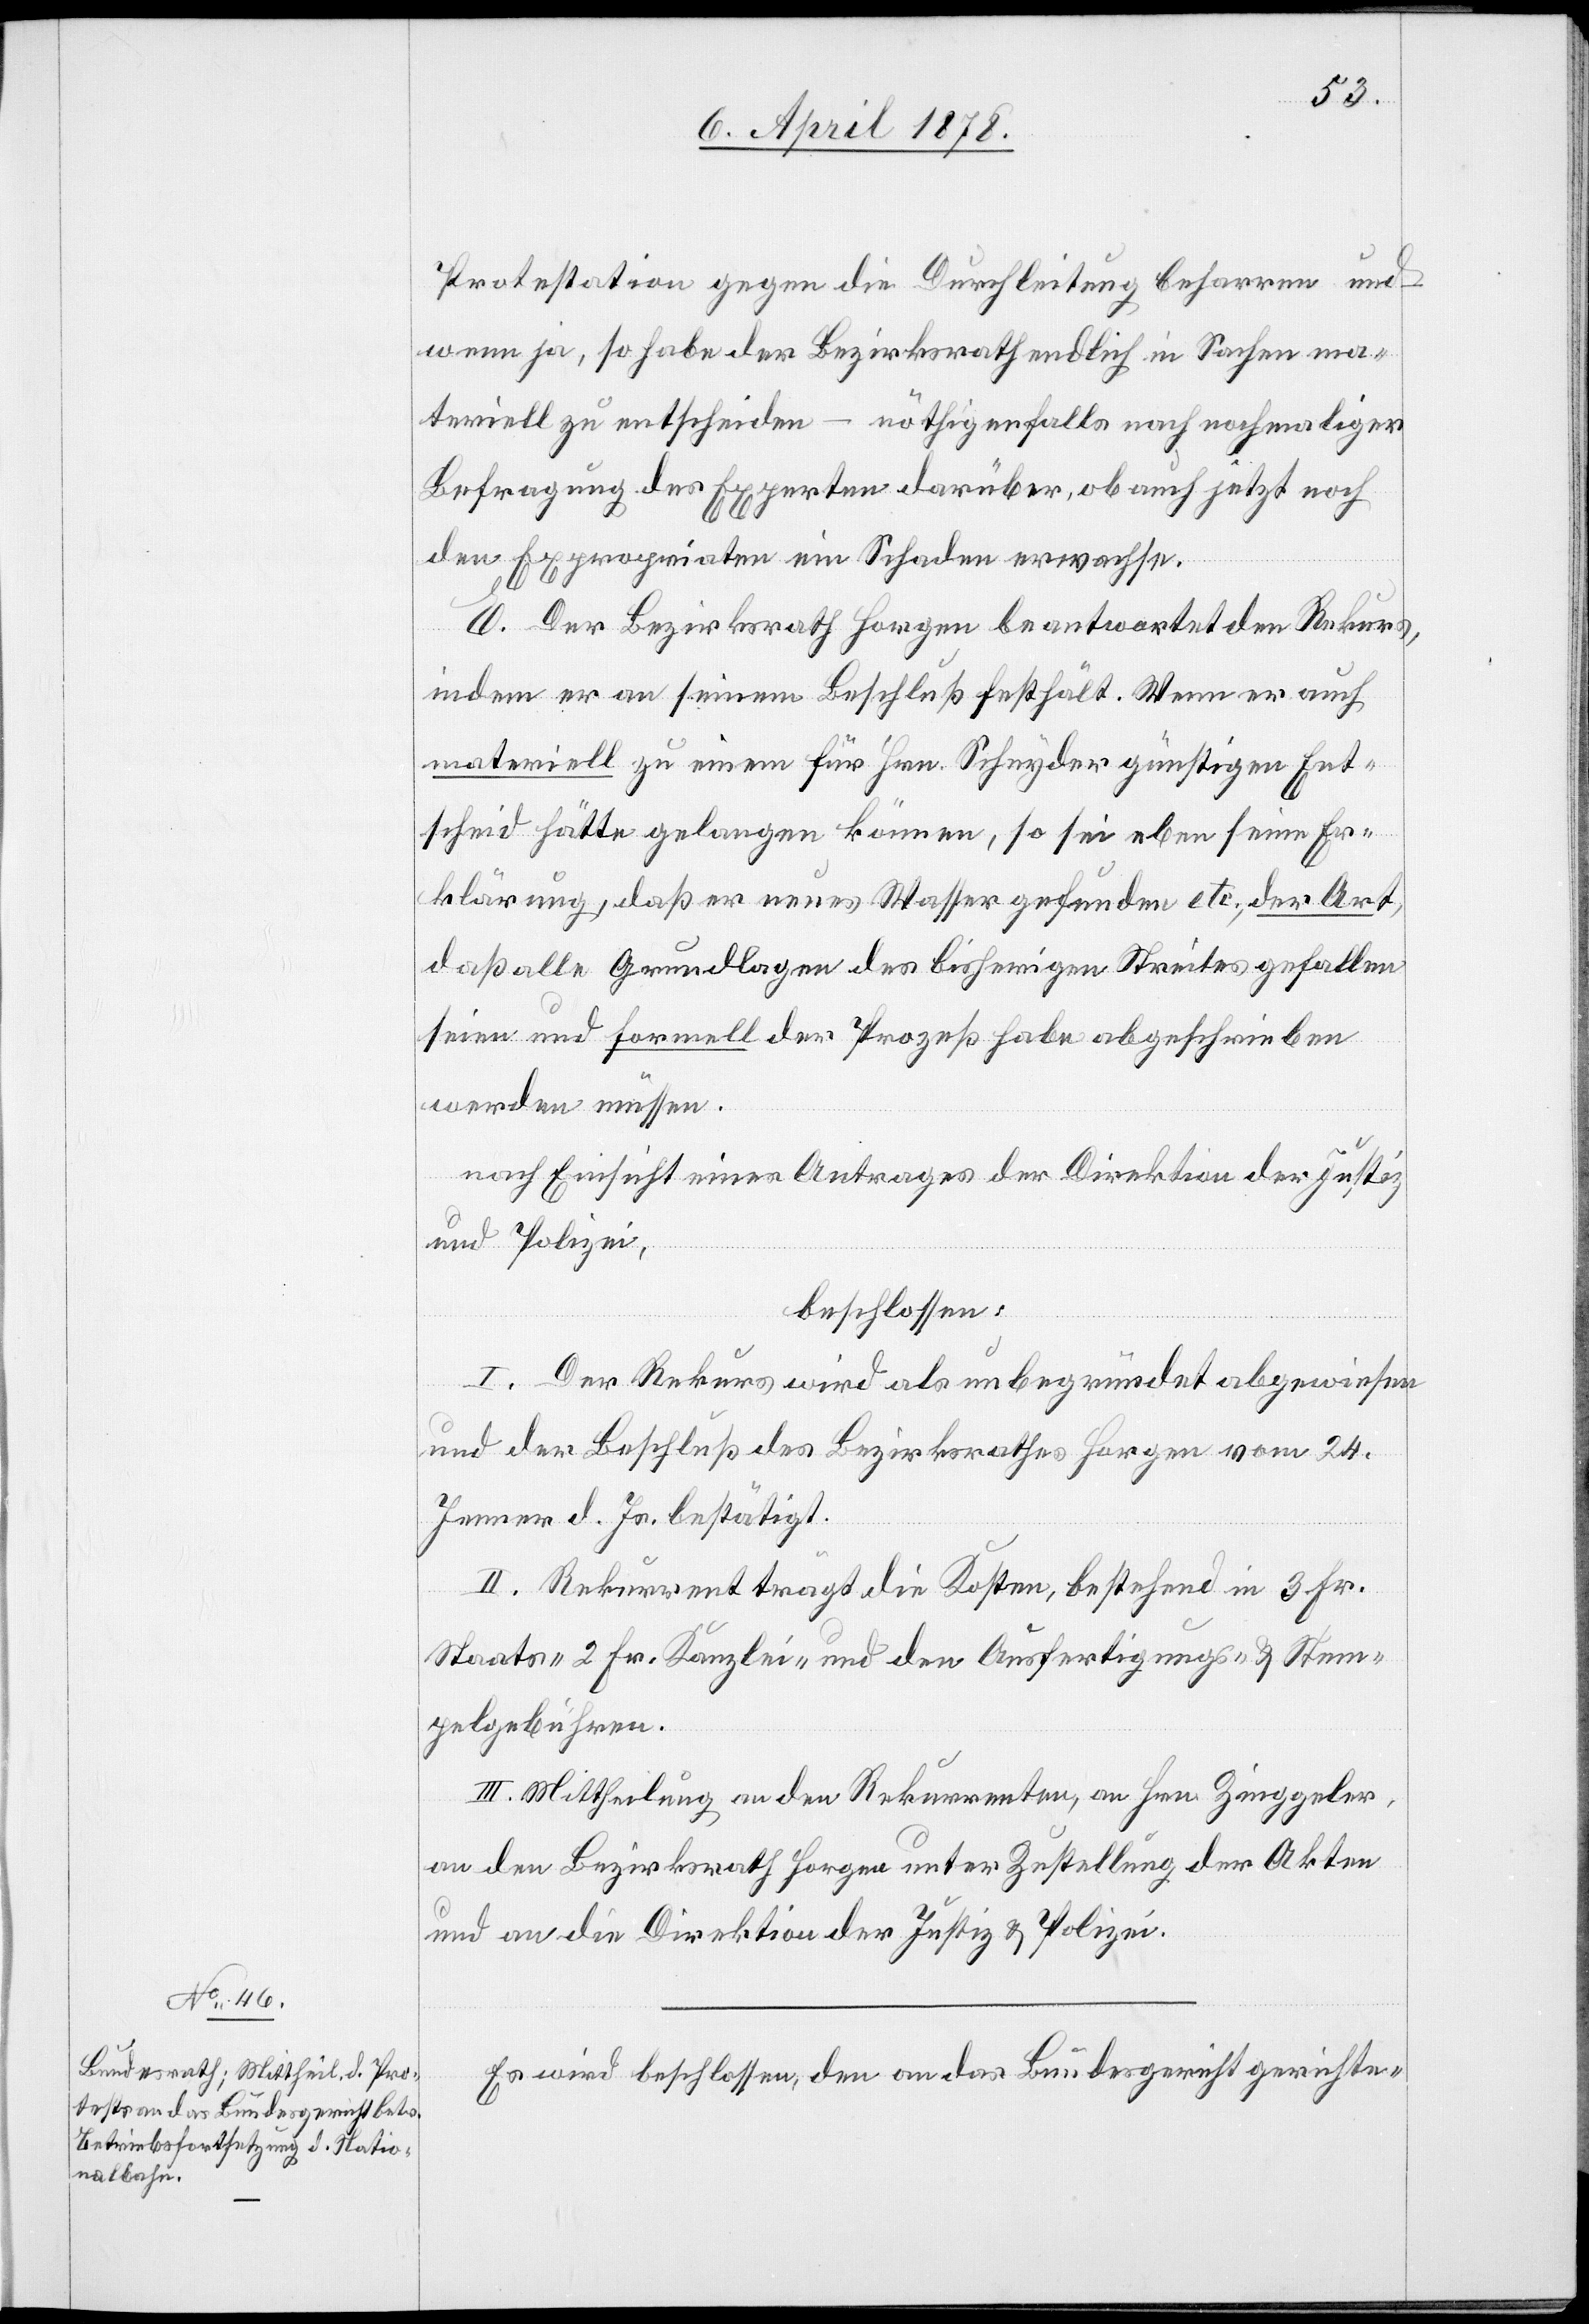
Protestation gegen die Durchleitung beharren und
wenn ja, so habe der Bezirksrath endlich in Sachen ma¬
teriell zu entscheiden – nöthigenfalls nach nochmaliger
Befragung der Experten darüber, ob auch jetzt noch
den Expropriaten ein Schaden erwachse.[“]
E. Der Bezirksrath Horgen beantwortet den Rekurs,
indem er an seinem Beschluß festhält. Wenn er auch
materiell zu einem für Hrn. Schnyder günstigen Ent¬
scheid hätte gelangen können, so sei eben seine Er¬
klärung, daß er neues Wasser gefunden etc., der Art,
daß alle Grundlagen des bisherigen Streites gefallen
seien und formell der Prozeß habe abgeschrieben
werden müssen.
nach Einsicht eines Antrages der Direktion der Justiz
und Polizei,
beschlossen:
I. Der Rekurs wird als unbegründet abgewiesen
und der Beschluß des Bezirksrathes Horgen vom 24.
Jenner d. Js. bestätigt.
II. Rekurrent trägt die Kosten, bestehend in 3 Fr.
Staats-[,] 2 Fr. Kanzlei- und den Ausfertigungs- & Stem¬
pelgebühren.
III. Mittheilung an den Rekurrenten, an Hrn. Zinggeler,
an den Bezirksrath Horgen unter Zustellung der Akten
und an die Direktion der Justiz & Polizei.
Es wird beschlossen, den an das Bundesgericht gerichte-